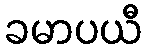
ခမာပယီ